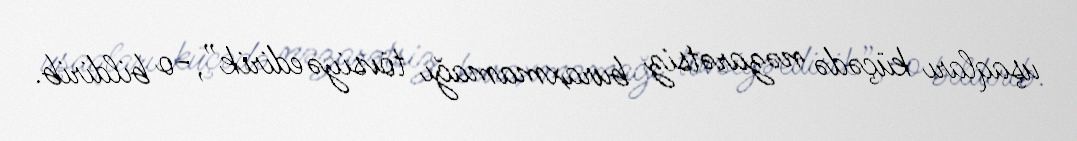
uşaqları küçədə nəzarətsiz buraxmamağı tövsiyə edirik”,-o bildirib.